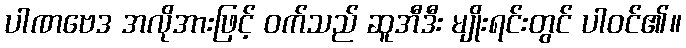
ပါဏဗေဒ အလိုအားဖြင့် ဝက်သည် ဆူအီဒီး မျိုးရင်းတွင် ပါဝင်၏။